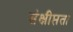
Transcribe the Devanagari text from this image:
संक्षीप्तता